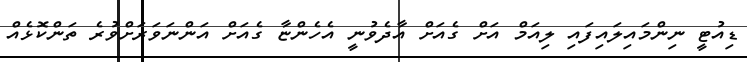
ޑިއުޓީ ނިންމައިލައިފައި ލިއަމް އަށް ގެއަށް އާދެވުނީ އެހެންޏާ ގެއަށް އަންނަވަރަށްވުރެ ތަންކޮޅެއް